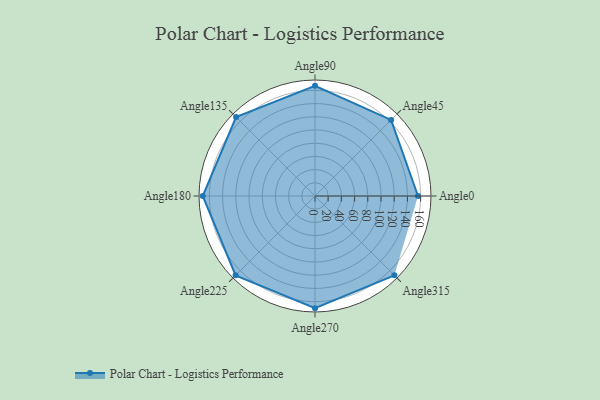
{"axis": {"x": "Angle", "y": "Radius"}, "legend": [""], "data": [{"x": "Angle0", "y": 156.0, "type": ""}, {"x": "Angle45", "y": 163.0, "type": ""}, {"x": "Angle90", "y": 167.0, "type": ""}, {"x": "Angle135", "y": 169.0, "type": ""}, {"x": "Angle180", "y": 170, "type": ""}, {"x": "Angle225", "y": 170, "type": ""}, {"x": "Angle270", "y": 170, "type": ""}, {"x": "Angle315", "y": 170, "type": ""}]}